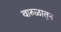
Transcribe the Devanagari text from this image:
वारुळातून